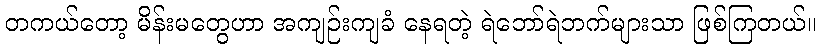
တကယ်တော့ မိန်းမတွေဟာ အကျဉ်းကျခံ နေရတဲ့ ရဲဘော်ရဲဘက်များသာ ဖြစ်ကြတယ်။